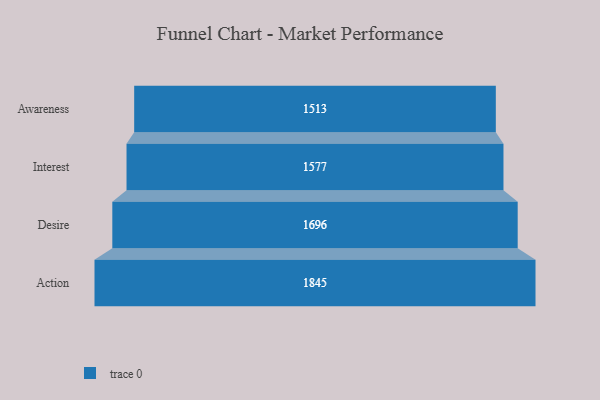
{"axis": {"x": "Stage", "y": "Value"}, "legend": [""], "data": [{"x": "Awareness", "y": 1513.0, "type": ""}, {"x": "Interest", "y": 1577.0, "type": ""}, {"x": "Desire", "y": 1696.0, "type": ""}, {"x": "Action", "y": 1845.0, "type": ""}]}